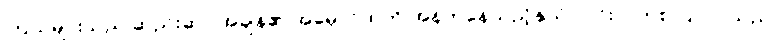
ကြယ်များသည် ဆည်းဆာ အချိန်၏ အမှောင်ထုကို အန်တုနေသည့်နှယ် လင်းလက်စ ပြုလာသည်။